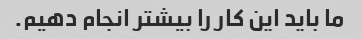
ما باید این کار را بیشتر انجام دهیم.